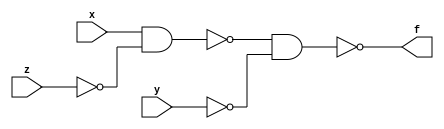
module q3_2(x,y,z,f);
input x,y,z;
output f;
nand(y1,y,y);
nand(z1,z,z);
nand(f1,x,z1);
nand(f,f1,y1);
endmodule